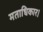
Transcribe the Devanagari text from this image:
मताधिकार।